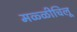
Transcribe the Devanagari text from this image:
मळ्ळीचिलू